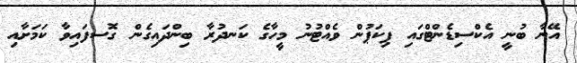
އޭނާ ބުނީ އެކްސިޑެންޓްގައި ޕިކަޕުން ވެއްޓުނު މީހާގެ ކަނދުރާ ބިންދައިގެން ގޮސފައިވާ ކަމަށާއި